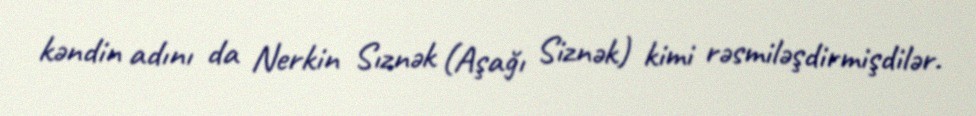
kəndin adını da Nerkin Sıznək (Aşağı Siznək) kimi rəsmiləşdirmişdilər.